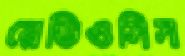
রেডিওসিস